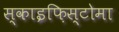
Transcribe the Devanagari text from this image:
स्काइफ़िस्टोमा